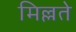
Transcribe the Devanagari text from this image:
मिल्लते